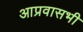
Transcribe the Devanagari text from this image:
आप्रवासभी